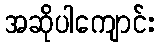
အဆိုပါကျောင်း